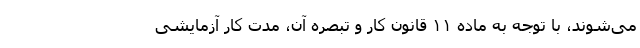
می‌شوند، با توجه به ماده ۱۱ قانون کار و تبصره آن، مدت کار آزمایشی